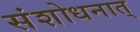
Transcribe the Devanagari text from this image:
संशोधनात्